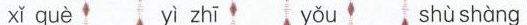
xǐ què yì zhī yǒu shù shàng